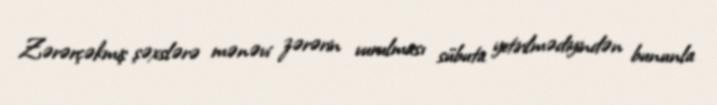
Zərərçəkmiş şəxslərə mənəvi zərərin vurulması sübuta yetirilmədiyindən bununla